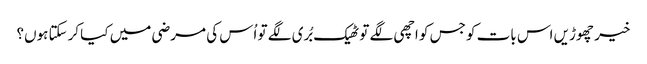
خیر چھوڑیں اس بات کو جس کو اچھی لگے تو ٹھیک بُری لگے تو اُس کی مرضی میں کیا کرسکتا ہوں؟